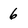
Character: 6